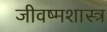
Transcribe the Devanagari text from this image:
जीवष्मशास्त्र